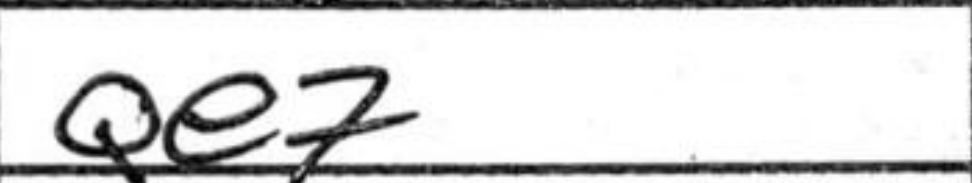
Transcription: Qe7